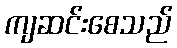
ကျဆင်းစေသည်